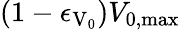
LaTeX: \left(1-\epsilon_{\mathrm{V_{\mathrm{0}}}}\right)V_{\mathrm{0,max}}